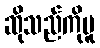
ဆိုသည်ကိုမူ